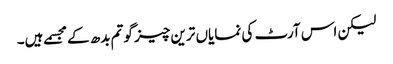
لیکن اس آرٹ کی نمایاں ترین چیز گوتم بدھ کے مجسمے ہیں۔